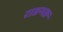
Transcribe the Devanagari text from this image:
राङभङ